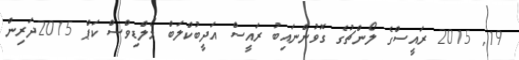
19